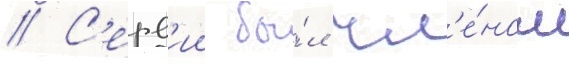
// С'ерв'ии бы́л чл'е́ном